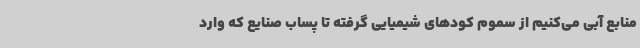
منابع آبی می‌کنیم از سموم کودهای شیمیایی گرفته تا پساب صنایع که وارد